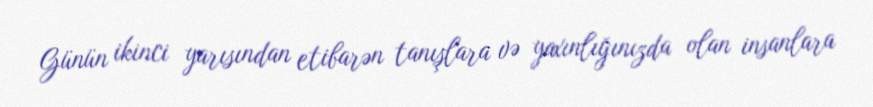
Günün ikinci yarısından etibarən tanışlara və yaxınlığınızda olan insanlara